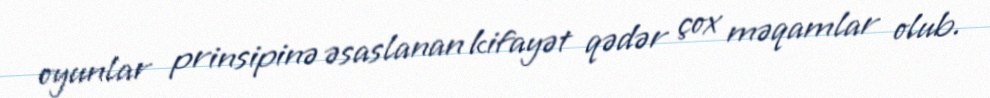
oyunlar prinsipinə əsaslanan kifayət qədər çox məqamlar olub.